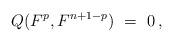
LaTeX: \begin{align*} Q(F^p,F^{n+1-p}) \ = \ 0 \,,\end{align*}